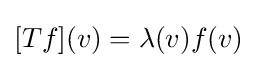
[Tf](v)=\lambda (v)f(v)